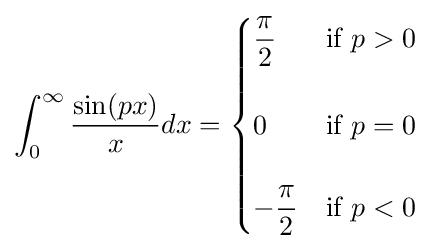
\int _{0}^{\infty }{\frac {\sin(px)}{x}}dx={\begin{cases}{\dfrac {\pi }{2}}&{\text{if }}p>0\\\\0&{\text{if }}p=0\\\\-{\dfrac {\pi }{2}}&{\text{if }}p<0\end{cases}}